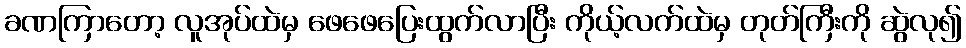
ခဏကြာတော့ လူအုပ်ထဲမှ ဖေဖေပြေးထွက်လာပြီး ကိုယ့်လက်ထဲမှ တုတ်ကြီးကို ဆွဲလု၍